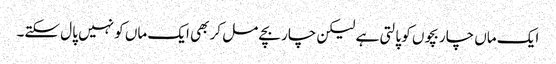
ایک ماں چار بچوں کو پالتی ہے لیکن چار بچے مل کر بھی ایک ماں کو نہیں پال سکتے۔